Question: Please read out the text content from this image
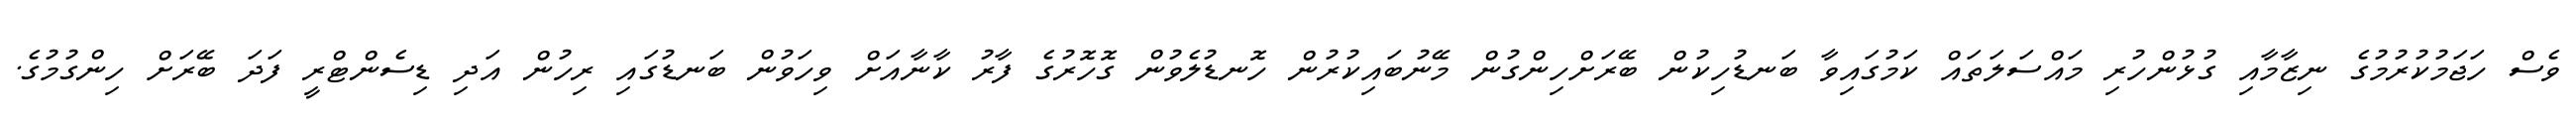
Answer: ވެސް ހަޖަމުކުރުމުގެ ނިޒާމާއި ގުޅުންހުރި މައްސަލަތައް ކަމުގައިވާ ބަނޑުހިކުން ބޭރަށްހިންގުން މޭނުބައިކުރުން ހޮނޑުލެވުން ގޮހޮރުގެ ފާރު ކާނާއަށް ވިހަވުން ބަނޑުގައި ރިހުން އަދި ޑިސެންޓްރީ ފަދަ ބޭރަށް ހިންގުމުގެ.